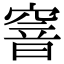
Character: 窨